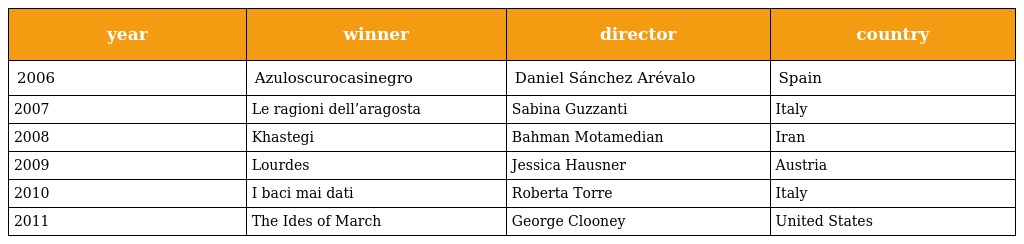
| year | winner | director | country |
 | --- | --- | --- | --- |
 | 2006 | Azuloscurocasinegro | Daniel Sánchez Arévalo | Spain |
 | 2007 | Le ragioni dell’aragosta | Sabina Guzzanti | Italy |
 | 2008 | Khastegi | Bahman Motamedian | Iran |
 | 2009 | Lourdes | Jessica Hausner | Austria |
 | 2010 | I baci mai dati | Roberta Torre | Italy |
 | 2011 | The Ides of March | George Clooney | United States |